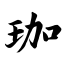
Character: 珈